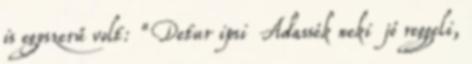
is egyszerű volt: “Detur ipsi Adassék neki jó reggeli,